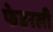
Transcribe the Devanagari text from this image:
फेडरली